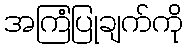
အကြံပြုချက်ကို